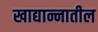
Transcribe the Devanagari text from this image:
खाद्यान्नातील